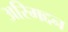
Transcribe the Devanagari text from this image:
अरिमद्दन